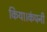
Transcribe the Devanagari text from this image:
किया।कंपनी